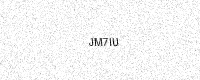
Text: JM7IU